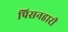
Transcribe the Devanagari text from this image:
पिसनहारी